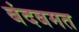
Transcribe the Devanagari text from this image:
बंदबमत